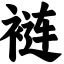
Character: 裢